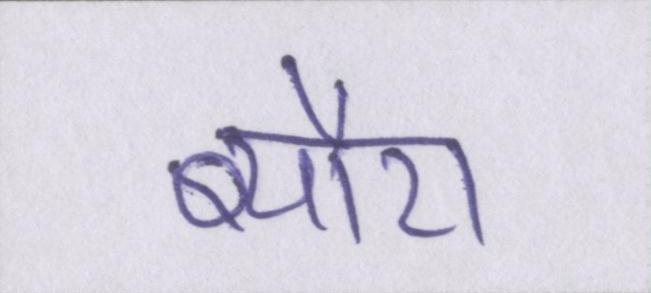
ब्यौरा